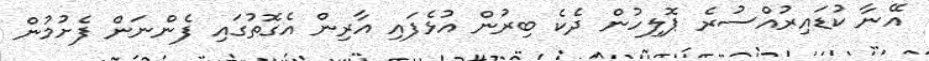
އޭނާ ކުޑައިރުއްސުރެ ޕޮލިހުން ދެކެ ބިރުން އުޅެފައި އާރިން އެގޮތުގައި ފެންނަން ފެށުމުން